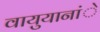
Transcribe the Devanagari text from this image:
वायुयानांे